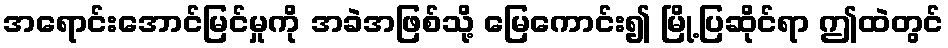
အရောင်းအောင်မြင်မှုကို အခဲအဖြစ်သို့ မြေကောင်း၍ မြို့ပြဆိုင်ရာ ဤထဲတွင်